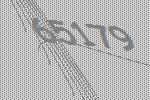
65179